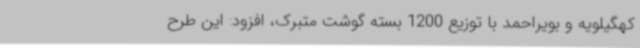
کهگیلویه و بویراحمد با توزیع 1200 بسته گوشت متبرک، افزود: این طرح